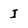
Character: I